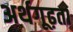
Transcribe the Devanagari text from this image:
अर्थगूढ़ता